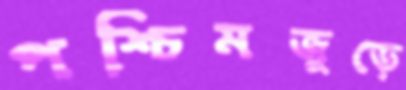
পশ্চিমজুড়ে